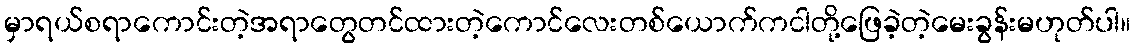
မှာရယ်စရာကောင်းတဲ့အရာတွေတင်ထားတဲ့ကောင်လေးတစ်ယောက်ကငါတို့ဖြေခဲ့တဲ့မေးခွန်းမဟုတ်ပါ။